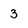
Character: 3